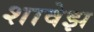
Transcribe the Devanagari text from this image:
शावेझ